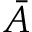
\bar { A }